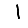
Digit: 1